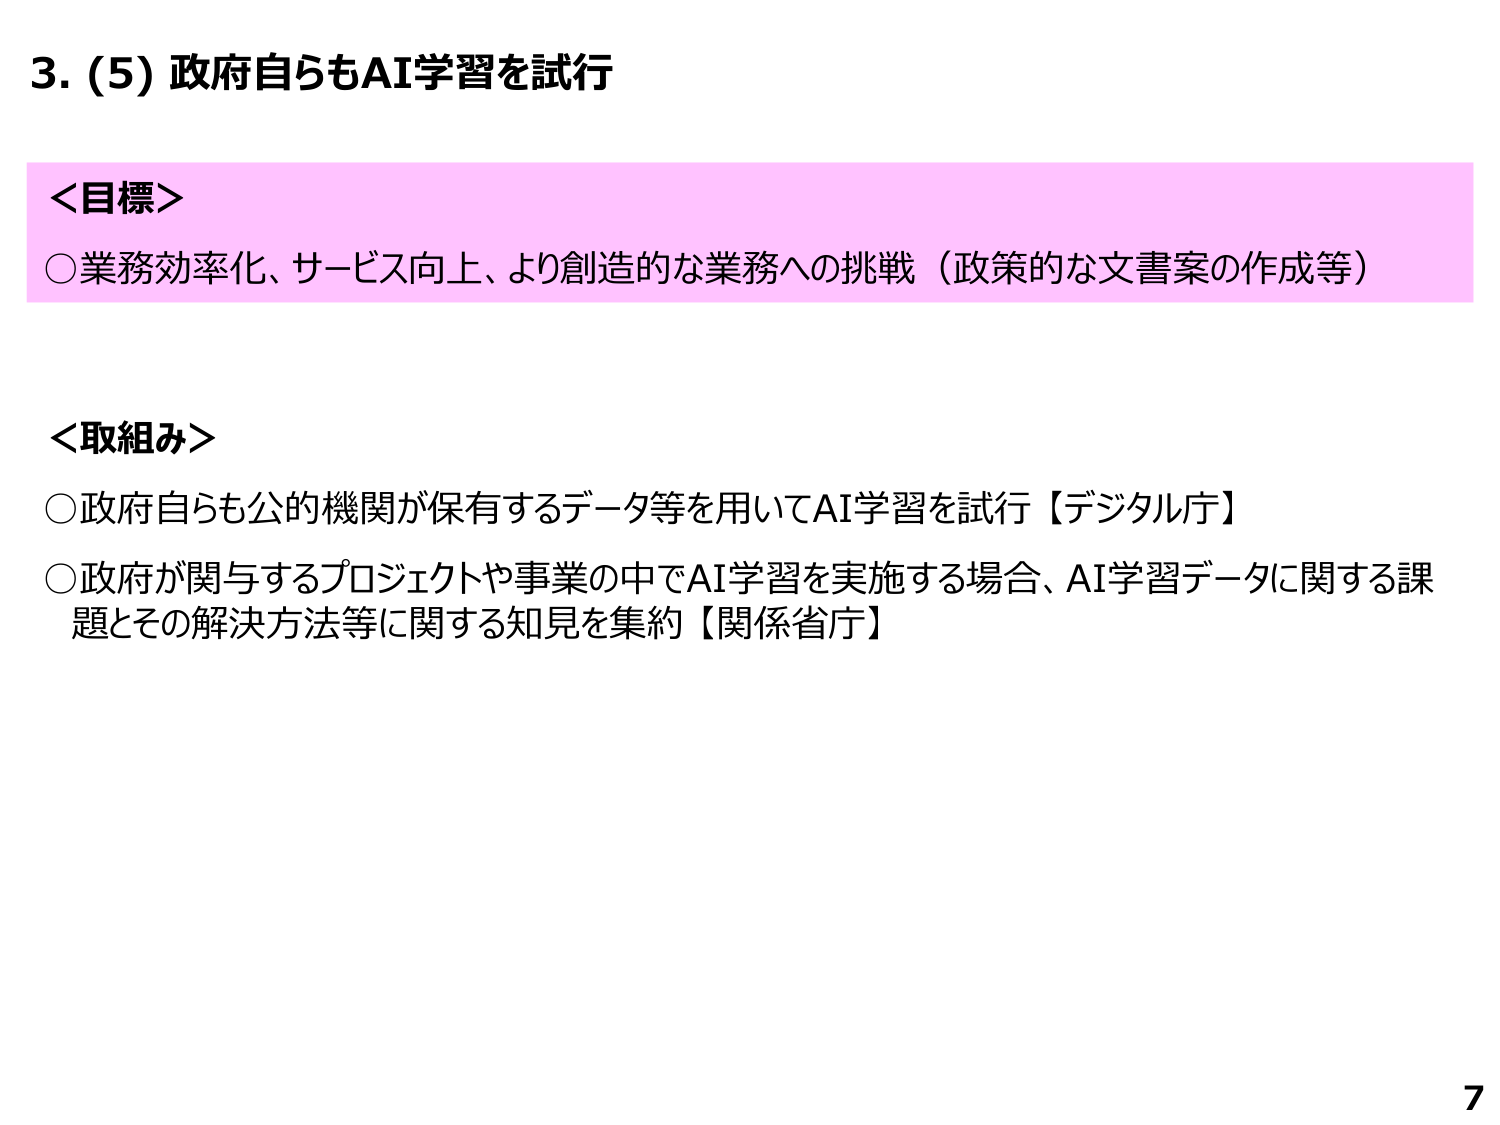
3. (5) 政府自らもAI学習を試行

＜目標＞
○業務効率化、サービス向上、より創造的な業務への挑戦（政策的な文書案の作成等）

＜取組み＞
○政府自らも公的機関が保有するデータ等を用いてAI学習を試行【デジタル庁】
○政府が関与するプロジェクトや事業の中でAI学習を実施する場合、AI学習データに関する課題とその解決方法等に関する知見を集約【関係省庁】

7